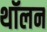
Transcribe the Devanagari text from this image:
थॉलन